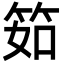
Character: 筎